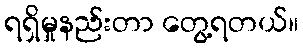
ရရှိမှုနည်းတာ တွေ့ရတယ်။